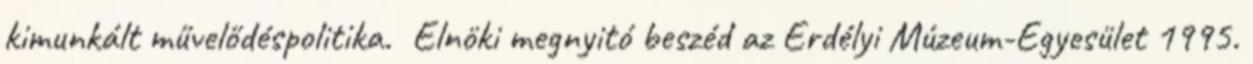
kimunkált művelődéspolitika. Elnöki megnyitó beszéd az Erdélyi Múzeum-Egyesület 1995.